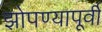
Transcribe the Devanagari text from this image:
झोपण्यापूर्वी